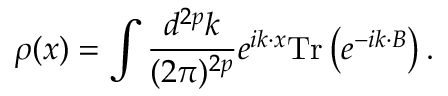
\rho ( x ) = \int \frac { d ^ { 2 p } k } { ( 2 \pi ) ^ { 2 p } } e ^ { i k \cdot x } \mathrm { T r } \left( e ^ { - i k \cdot B } \right) .